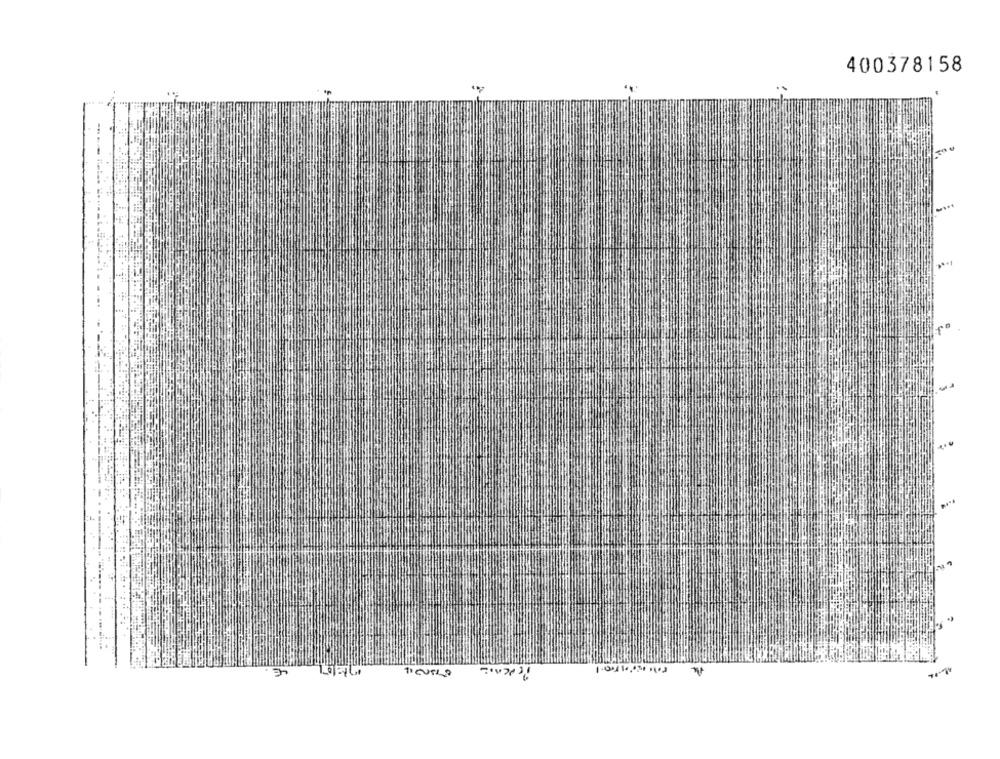
400378158